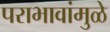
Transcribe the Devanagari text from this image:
पराभावांमुळे